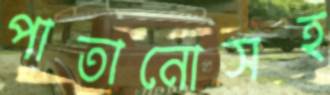
পাতানোসহ